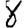
Digit: 8